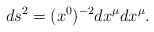
\begin{align*} ds^2 = (x^0)^{-2} dx^\mu dx^\mu.\end{align*}